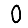
Digit: 0